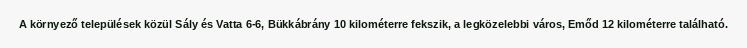
A környező települések közül Sály és Vatta 6-6, Bükkábrány 10 kilométerre fekszik, a legközelebbi város, Emőd 12 kilométerre található.